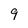
Character: 9